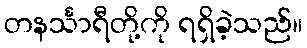
တနင်္သာရီတို့ကို ရရှိခဲ့သည်။